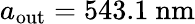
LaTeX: a_{\mathrm{out}}=543.1\ \mathrm{nm}